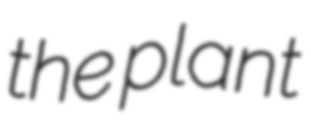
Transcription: the plant